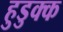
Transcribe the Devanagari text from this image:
हुडुक्क